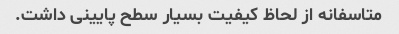
متاسفانه از لحاظ کیفیت بسیار سطح پایینی داشت.